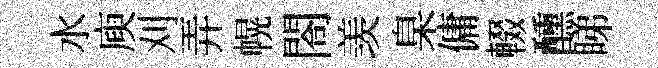
水庾刈弄幌閤羡臬傭輟醺睇